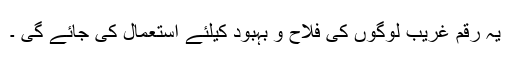
یہ رقم غریب لوگوں کی فلاح و بہبود کیلئے استعمال کی جائے گی ۔